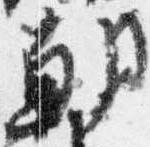
朝